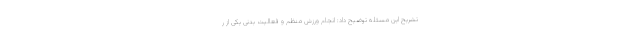
تشریح این مسئله توضیح داد: انجام ورزش منظم و فعالیت بدنی یکی از ر